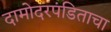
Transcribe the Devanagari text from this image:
दामोदरपंडिताचा